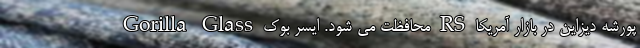
Gorilla Glass محافظت می شود. ایسر بوک RS پورشه دیزاین در بازار آمریکا